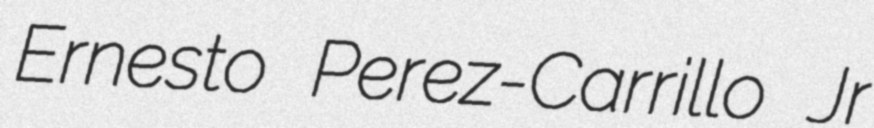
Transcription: Ernesto Perez-Carrillo Jr